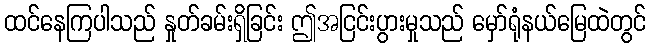
ထင်နေကြပါသည် နှုတ်ခမ်းရှိခြင်း ဤအငြင်းပွားမှုသည် မှော်ရုံနယ်မြေထဲတွင်